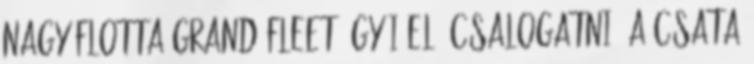
Nagy Flotta Grand Fleet ágyúi elé csalogatni. A csata